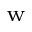
_ \mathrm { w }